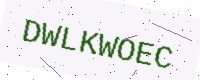
Text: DWLKWOEC